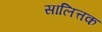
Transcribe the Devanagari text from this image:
सालित्तक